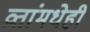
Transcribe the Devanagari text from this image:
व्रतांमधेही